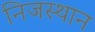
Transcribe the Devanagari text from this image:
निजस्थान